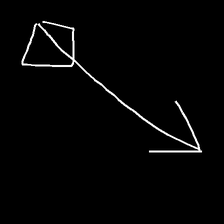
Glyph: focus